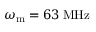
\omega _ { \mathrm { m } } = 6 3 \: \mathrm { M H z }